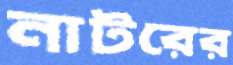
নাটরের